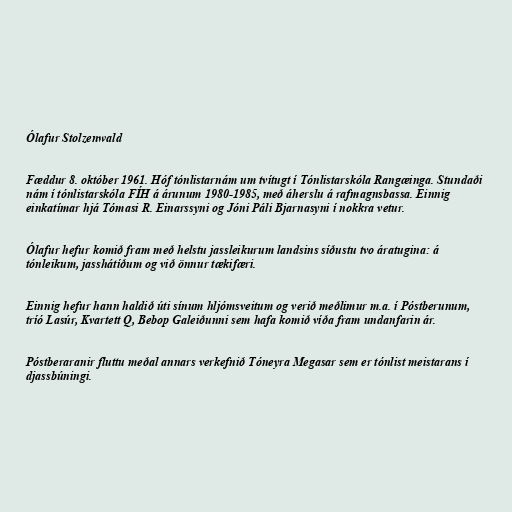
Ólafur Stolzenwald

Fæddur 8. október 1961. Hóf tónlistarnám um tvítugt í Tónlistarskóla Rangæinga. Stundaði
nám í tónlistarskóla FÍH á árunum 1980-1985, með áherslu á rafmagnsbassa. Einnig
einkatímar hjá Tómasi R. Einarssyni og Jóni Páli Bjarnasyni í nokkra vetur.

Ólafur hefur komið fram með helstu jassleikurum landsins síðustu tvo áratugina: á
tónleikum, jasshátíðum og við önnur tækifæri.

Einnig hefur hann haldið úti sínum hljómsveitum og verið meðlimur m.a. í Póstberunum,
tríó Lasúr, Kvartett Q, Bebop Galeiðunni sem hafa komið víða fram undanfarin ár.

Póstberaranir fluttu meðal annars verkefnið Tóneyra Megasar sem er tónlist meistarans í
djassbúningi.